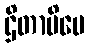
ဌိတာပိပေ